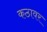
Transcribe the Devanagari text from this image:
कठावर